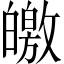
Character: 皦